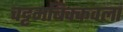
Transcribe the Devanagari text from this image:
चट्टमबिक्कवला